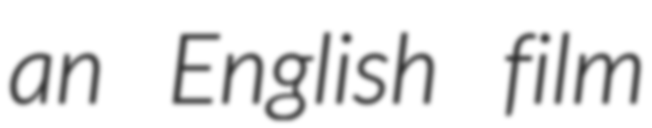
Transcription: an English film